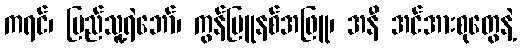
ကရင်၊ ပြည်သူ့ရဲဘော်၊ ကွန်မြူနစ်အဖြူ၊ အနီ အင်အားစုတွေနဲ့